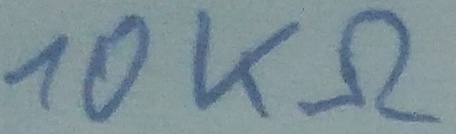
Text: 10KΩ